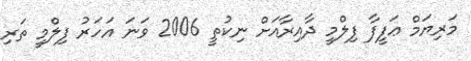
މަރިޔަމް ޢަފީފާ ފިލްމީ ދާއިރާއަށް ނިކުތީ 2006 ވަނަ އަހަރު ފިލްމީ ތަރި